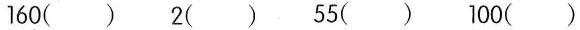
160（）2（）55（）100（）